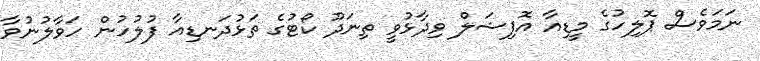
ނަމަވެސް ޕޮލިހުގެ މީޑިއާ އޮފިޝަލް ވިދާޅުވީ ތިނަދޫ ކޯޓުގެ ތަޅުދަނޑިއާ ފުލުހުން ހަވާލުނުވާ